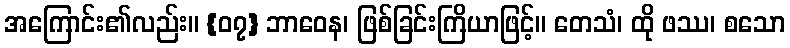
အကြောင်း၏လည်း။ {၀၇} ဘာဝေန၊ ဖြစ်ခြင်းကြိယာဖြင့်။ တေသံ၊ ထို ဖဿ၊ စသော